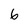
Character: 6